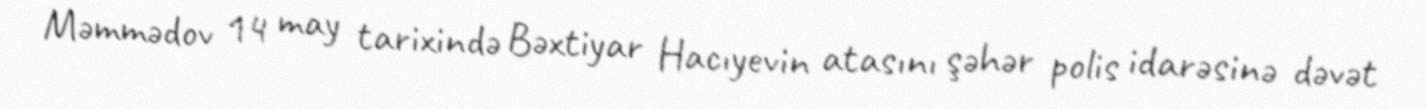
Məmmədov 14 may tarixində Bəxtiyar Hacıyevin atasını şəhər polis idarəsinə dəvət